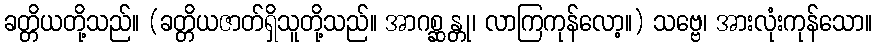
ခတ္တိယတို့သည်။ (ခတ္တိယဇာတ်ရှိသူတို့သည်။ အာဂစ္ဆန္တု၊ လာကြကုန်လော့။) သဗ္ဗေ၊ အားလုံးကုန်သော။